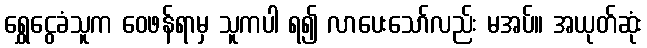
ရွှေငွေခံသူက ဝေဖန်ရာမှ သူကပါ ရ၍ လာပေးသော်လည်း မအပ်။ အယုတ်ဆုံး